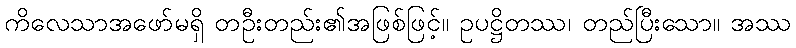
ကိလေသာအဖော်မရှိ တဦးတည်း၏အဖြစ်ဖြင့်။ ဥပဋ္ဌိတဿ၊ တည်ပြီးသော။ အဿ